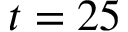
t = 2 5